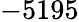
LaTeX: -5195